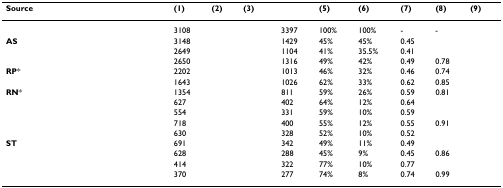
<table><thead><tr><td><b>Source</b></td><td><b>(1)</b></td><td><b>(2)</b></td><td><b>(3)</b></td><td>[EMPTY_CELL]</td><td><b>(5)</b></td><td><b>(6)</b></td><td><b>(7)</b></td><td><b>(8)</b></td><td><b>(9)</b></td></tr></thead><tbody><tr><td>[EMPTY_CELL]</td><td>3108</td><td>[EMPTY_CELL]</td><td>[EMPTY_CELL]</td><td>3397</td><td>100%</td><td>100%</td><td>-</td><td>-</td><td>[EMPTY_CELL]</td></tr><tr><td><b>AS</b></td><td>3148</td><td>[EMPTY_CELL]</td><td>[EMPTY_CELL]</td><td>1429</td><td>45%</td><td>45%</td><td>0.45</td><td>[EMPTY_CELL]</td><td>[EMPTY_CELL]</td></tr><tr><td>[EMPTY_CELL]</td><td>2649</td><td>[EMPTY_CELL]</td><td>[EMPTY_CELL]</td><td>1104</td><td>41%</td><td>35.5%</td><td>0.41</td><td>[EMPTY_CELL]</td><td>[EMPTY_CELL]</td></tr><tr><td>[EMPTY_CELL]</td><td>2650</td><td>[EMPTY_CELL]</td><td>[EMPTY_CELL]</td><td>1316</td><td>49%</td><td>42%</td><td>0.49</td><td>0.78</td><td>[EMPTY_CELL]</td></tr><tr><td><b>RP</b>*</td><td>2202</td><td>[EMPTY_CELL]</td><td>[EMPTY_CELL]</td><td>1013</td><td>46%</td><td>32%</td><td>0.46</td><td>0.74</td><td>[EMPTY_CELL]</td></tr><tr><td>[EMPTY_CELL]</td><td>1643</td><td>[EMPTY_CELL]</td><td>[EMPTY_CELL]</td><td>1026</td><td>62%</td><td>33%</td><td>0.62</td><td>0.85</td><td>[EMPTY_CELL]</td></tr><tr><td><b>RN</b>*</td><td>1354</td><td>[EMPTY_CELL]</td><td>[EMPTY_CELL]</td><td>811</td><td>59%</td><td>26%</td><td>0.59</td><td>0.81</td><td>[EMPTY_CELL]</td></tr><tr><td>[EMPTY_CELL]</td><td>627</td><td>[EMPTY_CELL]</td><td>[EMPTY_CELL]</td><td>402</td><td>64%</td><td>12%</td><td>0.64</td><td>[EMPTY_CELL]</td><td>[EMPTY_CELL]</td></tr><tr><td>[EMPTY_CELL]</td><td>554</td><td>[EMPTY_CELL]</td><td>[EMPTY_CELL]</td><td>331</td><td>59%</td><td>10%</td><td>0.59</td><td>[EMPTY_CELL]</td><td>[EMPTY_CELL]</td></tr><tr><td>[EMPTY_CELL]</td><td>718</td><td>[EMPTY_CELL]</td><td>[EMPTY_CELL]</td><td>400</td><td>55%</td><td>12%</td><td>0.55</td><td>0.91</td><td>[EMPTY_CELL]</td></tr><tr><td>[EMPTY_CELL]</td><td>630</td><td>[EMPTY_CELL]</td><td>[EMPTY_CELL]</td><td>328</td><td>52%</td><td>10%</td><td>0.52</td><td>[EMPTY_CELL]</td><td>[EMPTY_CELL]</td></tr><tr><td><b>ST</b></td><td>691</td><td>[EMPTY_CELL]</td><td>[EMPTY_CELL]</td><td>342</td><td>49%</td><td>11%</td><td>0.49</td><td>[EMPTY_CELL]</td><td>[EMPTY_CELL]</td></tr><tr><td>[EMPTY_CELL]</td><td>628</td><td>[EMPTY_CELL]</td><td>[EMPTY_CELL]</td><td>288</td><td>45%</td><td>9%</td><td>0.45</td><td>0.86</td><td>[EMPTY_CELL]</td></tr><tr><td>[EMPTY_CELL]</td><td>414</td><td>[EMPTY_CELL]</td><td>[EMPTY_CELL]</td><td>322</td><td>77%</td><td>10%</td><td>0.77</td><td>[EMPTY_CELL]</td><td>[EMPTY_CELL]</td></tr><tr><td>[EMPTY_CELL]</td><td>370</td><td>[EMPTY_CELL]</td><td>[EMPTY_CELL]</td><td>277</td><td>74%</td><td>8%</td><td>0.74</td><td>0.99</td><td>[EMPTY_CELL]</td></tr></tbody></table>